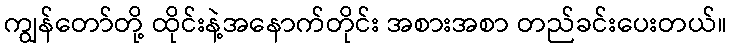
ကျွန်တော်တို့ ထိုင်းနဲ့အနောက်တိုင်း အစားအစာ တည်ခင်းပေးတယ်။